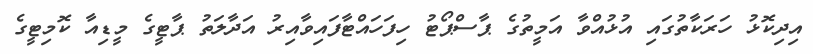
އިދިކޮޅު ހަރަކާތުގައި އުޅުއްވާ އަމީތުގެ ޕާސްޕޯޓު ހިފަހައްޓާފައިވާއިރު އަދާލަތު ޕާޓީގެ މީޑިއާ ކޮމިޓީގެ